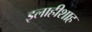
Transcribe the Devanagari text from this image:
इलाहीशाह